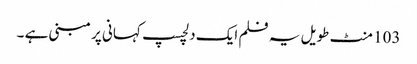
103 منٹ طویل یہ فلم ایک دلچسپ کہانی پر مبنی ہے ۔